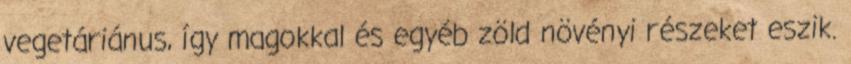
vegetáriánus, így magokkal és egyéb zöld növényi részeket eszik.